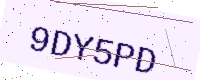
Text: 9DY5PD